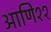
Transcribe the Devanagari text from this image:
आणि११